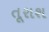
તૂરાશ